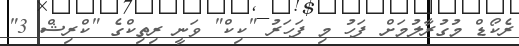
ރެކޯޑް މުގުރާލުމަށް ފަހު މި ފަހަރު "ކިކް" ވަނީ ރިތިކްގެ "ކްރިޝް 3"